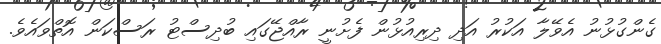
ގެންގުޅުނު އެވޭލާ އަކުރު އަދި ދިރިއުޅުން ފެށުނީ ރާއްޖޭގައި ބުދިސްޓު ރަސްކަން އޮތްވައެވެ.